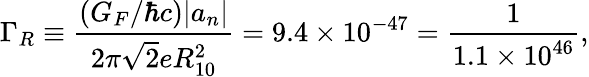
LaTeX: \Gamma_{R}\equiv\frac{(G_{F}/\hbar c)|a_{n}|}{2\pi\sqrt{2}eR_{10}^{2}}=9.4\times 10^{-47}=\frac{1}{1.1\times 10^{46}},